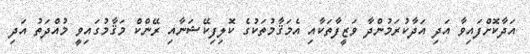
އަދާކޮށްފައިވާ އަދި އަދާކުރަމުންދާ ވަޒީފާތަކާއި އެމަޤާމުތަކުގެ ކޮލިފިކޭޝަނާއި ރޭންކް މަޤާމުގައިވީ މުއްދަތު އަދި